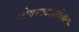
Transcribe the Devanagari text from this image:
जीवनाबाबतीतील